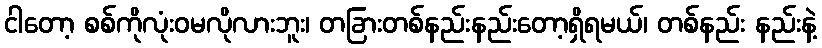
ငါတော့ စစ်ကိုလုံးဝမလိုလားဘူး၊ တခြားတစ်နည်းနည်းတော့ရှိရမယ်၊ တစ်နည်း နည်းနဲ့